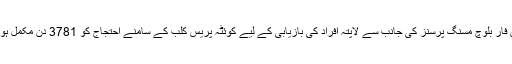
وائس فار بلوچ مسنگ پرسنز کی جانب سے لاپتہ افراد کی بازیابی کے لیے کوئٹہ پریس کلب کے سامنے احتجاج کو 3781 دن مکمل ہوگئے۔